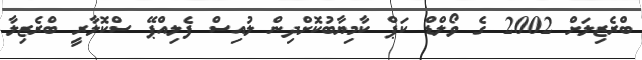
ބްރެޒިލަށް 2002 ގެ ވޯލްޑް ކަޕް ކާމިޔާބުކޮށްދިން ލުއިސް ފެލިއްޕޭ ސްކޮލާރީ ބްރެޒިލާ